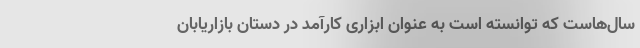
سال‌هاست که توانسته است به عنوان ابزاری کارآمد در دستان بازاریابان